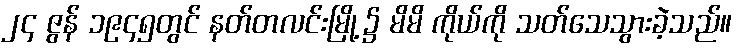
၂၄ ဇွန် ၁၉၄၅တွင် နတ်တလင်းမြို့၌ မိမိ ကိုယ်ကို သတ်သေသွားခဲ့သည်။